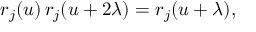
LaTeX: r _ { j } ( u ) \, r _ { j } ( u + 2 \lambda ) = r _ { j } ( u + \lambda ) ,